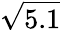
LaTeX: \sqrt{5.1}